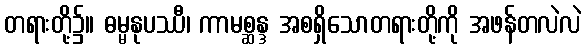
တရားတို့၌။ ဓမ္မနုပဿီ၊ ကာမစ္ဆန္ဒ အစရှိသောတရားတို့ကို အဖန်တလဲလဲ